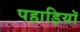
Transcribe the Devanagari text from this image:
पहाड़ियॉ